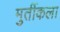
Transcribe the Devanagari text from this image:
मुर्तीकला